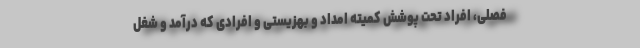
فصلی، افراد تحت پوشش کمیته امداد و بهزیستی و افرادی که درآمد و شغل